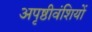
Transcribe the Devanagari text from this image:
अपृष्ठीवंशियों